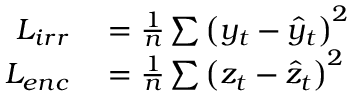
\begin{array} { r l } { L _ { i r r } } & { { } = \frac { 1 } { n } \sum \left( y _ { t } - \hat { y } _ { t } \right) ^ { 2 } } \\ { L _ { e n c } } & { { } = \frac { 1 } { n } \sum \left( z _ { t } - \hat { z } _ { t } \right) ^ { 2 } } \end{array}